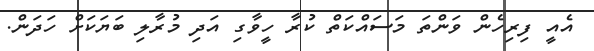
އެއީ ފިރިހެން ވަންތަ މަސައްކަތް ކުރާ ހީވާގި އަދި މުރާލި ބަޔަކަށް ހަދަން.